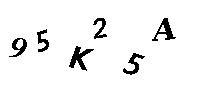
95K25A